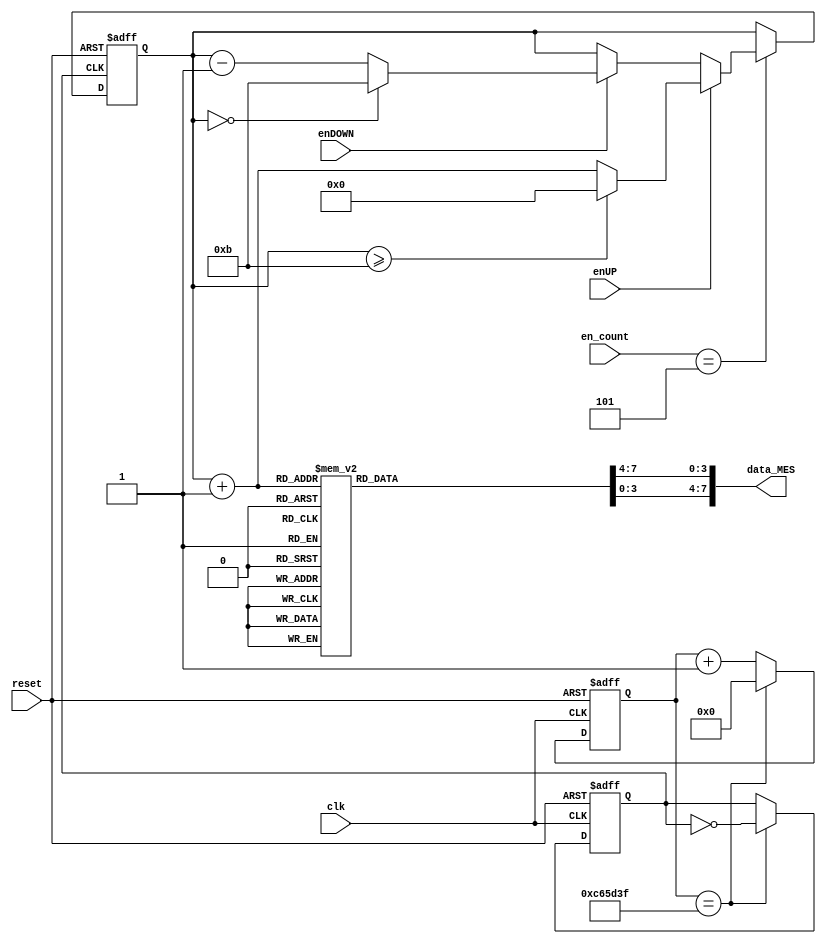
`timescale 1ns / 1ps
//////////////////////////////////////////////////////////////////////////////////
// Company: 
// 
// Design Name: 
// Module Name:    contador_AD_MES_2dig 
// Project Name: 
// Target Devices: 
// Tool versions: 
// Description: 
//
// Dependencies: 
//
// Revision: 
// Revision 0.01 - File Created
// Additional Comments: 
//
//////////////////////////////////////////////////////////////////////////////////
module contador_AD_MES_2dig
(
input wire clk,
input wire reset,
input wire [3:0] en_count,
input wire enUP,
input wire enDOWN,
output wire [7:0] data_MES
);

localparam N = 4; // Para definir el nmero de bits del contador (hasta 12->4 bits)
//Declaracin de seales
reg [N-1:0] q_act, q_next;
wire [N-1:0] count_data;
reg [3:0] digit1, digit0;

// Bits del contador para generar una seal peridica de (2^N)*10ns
localparam N_bits =24;//~4Hz

reg [N_bits-1:0] btn_pulse_reg;
reg btn_pulse;

always @(posedge clk, posedge reset)
begin
	if (reset)begin btn_pulse_reg <= 0; btn_pulse <= 0; end
	
	else
	begin
		if (btn_pulse_reg == 24'd12999999)
			begin
			btn_pulse_reg <= 0;
			btn_pulse <= ~btn_pulse;
			end
		else
			btn_pulse_reg <= btn_pulse_reg + 1'b1;
	end
end	
//____________________________________________________________________________________________________________

//Descripcin del comportamiento
always@(posedge btn_pulse, posedge reset)
begin	
	
	if(reset)
	begin
		q_act <= 4'b0;
	end
	
	else
	begin
		q_act <= q_next;
	end
end


//Lgica de salida

always@*
begin

	if (en_count == 5)
	begin
		if (enUP)
		begin
			if (q_act >= 4'd11) q_next = 4'd0;
			else q_next = q_act + 4'd1;
		end
		
		else if (enDOWN)
		begin
			if (q_act == 4'd0) q_next = 4'd11;
			else q_next = q_act - 4'd1;
		end
		else q_next = q_act;
	end
	else q_next = q_act;
	
end

assign count_data = q_act + 1'b1;//Suma 1 a todas las cuentas de 0->11 a 1->12

//Decodificacin BCD (2 dgitos)

always@*
begin
case(count_data)

8'd1: begin digit1 = 4'b0000; digit0 = 4'b0001; end
8'd2: begin digit1 = 4'b0000; digit0 = 4'b0010; end
8'd3: begin digit1 = 4'b0000; digit0 = 4'b0011; end
8'd4: begin digit1 = 4'b0000; digit0 = 4'b0100; end
8'd5: begin digit1 = 4'b0000; digit0 = 4'b0101; end
8'd6: begin digit1 = 4'b0000; digit0 = 4'b0110; end
8'd7: begin digit1 = 4'b0000; digit0 = 4'b0111; end
8'd8: begin digit1 = 4'b0000; digit0 = 4'b1000; end
8'd9: begin digit1 = 4'b0000; digit0 = 4'b1001; end

8'd10: begin digit1 = 4'b0001; digit0 = 4'b0000; end
8'd11: begin digit1 = 4'b0001; digit0 = 4'b0001; end
8'd12: begin digit1 = 4'b0001; digit0 = 4'b0010; end

default:  begin digit1 = 0; digit0 = 0; end
endcase
end

assign data_MES = {digit1,digit0};

endmodule